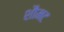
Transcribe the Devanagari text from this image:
शौमट